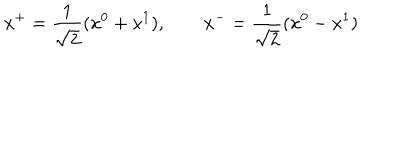
LaTeX: x ^ { + } = \frac { 1 } { \sqrt { 2 } } ( x ^ { 0 } + x ^ { 1 } ) , \qquad x ^ { - } = \frac { 1 } { \sqrt { 2 } } ( x ^ { 0 } - x ^ { 1 } )